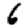
Digit: 6